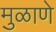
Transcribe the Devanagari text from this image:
मुळाणे